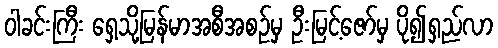
ဝါခင်းကြီး ရှေ့သို့မြန်မာအစီအစဉ်မှ ဦးမြင့်ဇော်မှ ပို၍ရှည်လာ